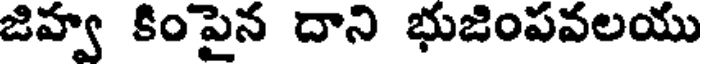
జిహ్వ కింపైన దాని భుజింపవలయు